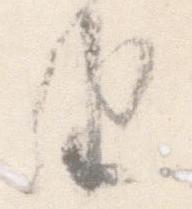
由